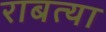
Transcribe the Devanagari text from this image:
राबत्या